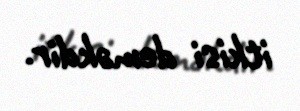
itkisi deməkdir.